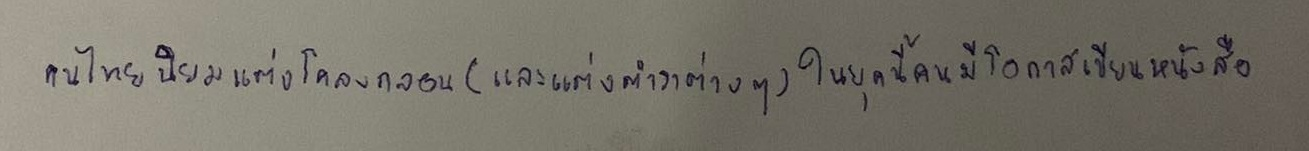
คนไทยนิยมแต่งโคลงกลอน(และแต่งตำราต่างๆ)ในยุคนี้คนมีโอกาสเขียนหนังสือ